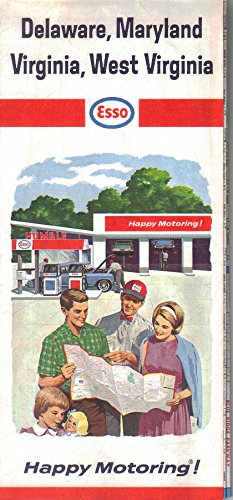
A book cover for Esso Highway Map, Delaware, Maryland, Virginia, West Virginia 1965; Esso; Travel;